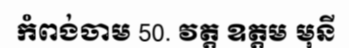
កំពង់ចាម 50. វត្ត ឧត្តម មុនី